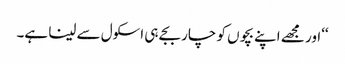
‘‘اور مجھے اپنے بچوں کو چار بجے ہی اسکول سے لینا ہے۔